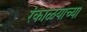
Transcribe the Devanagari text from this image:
रंकाळयाच्या